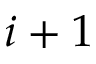
i + 1